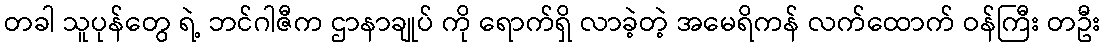
တခါ သူပုန်တွေ ရဲ့ ဘင်ဂါဇီက ဌာနာချုပ် ကို ရောက်ရှိ လာခဲ့တဲ့ အမေရိကန် လက်ထောက် ဝန်ကြီး တဦး